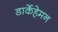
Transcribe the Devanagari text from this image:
डार्केहेमन